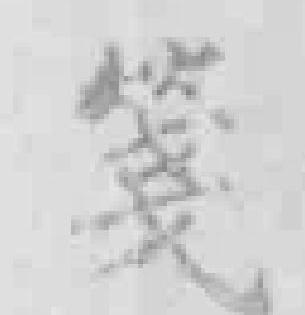
箋